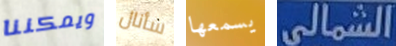
ويمكننا سأنال يسمعها الشمالى